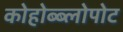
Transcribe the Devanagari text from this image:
कोहोब्ब्लोपोट